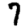
Digit: 7